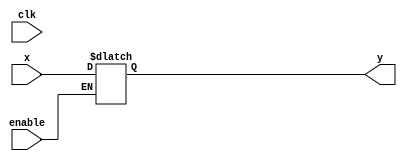
module register(x, clk, enable, y);
    //4-bit register
    //given in lecture 10 - modified
    input [15:0] x;
    input clk, enable;
    output reg [15:0] y;

    always @(clk or  enable) begin
        if (enable == 1'b1)
            y <= x; 
        
    end

endmodule